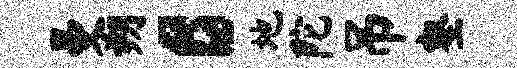
曼朔c地陀吊壑